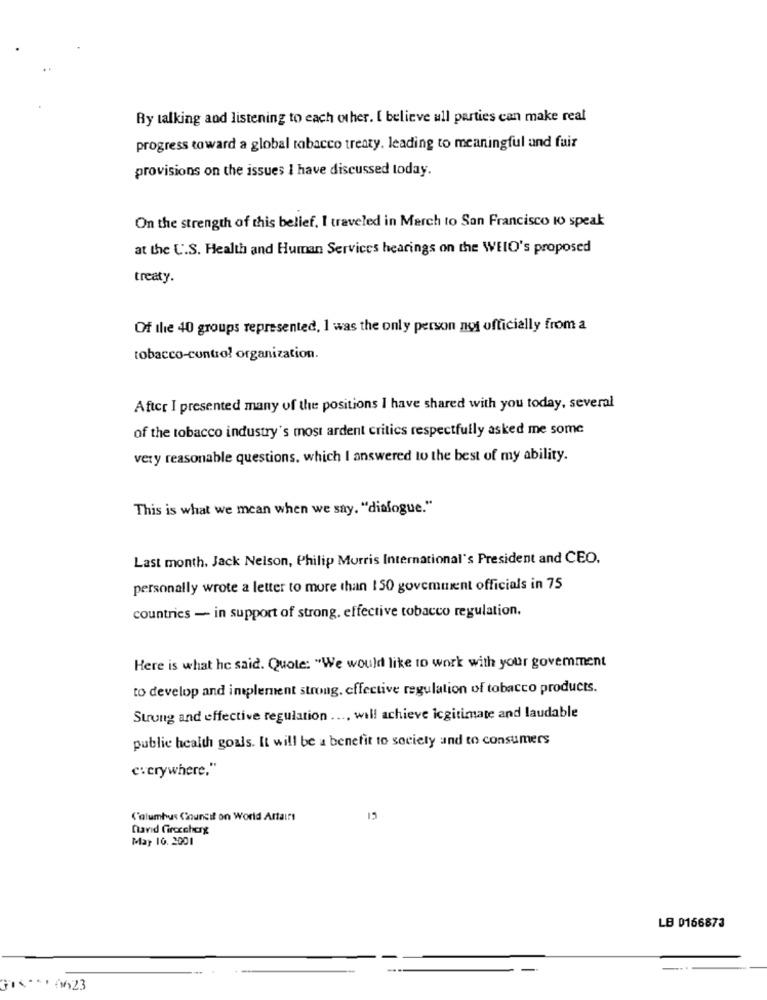
Ry talking and listening to each other. I believe all parties can make real
progress toward a global tobacco treaty. leading to meaningful and fuir
provisions on the issues I have discussed today.
On the strength of this belief, I traveled in March to San Francisco to speak
at the U.S. Health and Human Services hearings on the WEIO's proposed
treaty.
Of the 40 groups represented, I was the only person not officially from a
tobacco-control organization.
After I presented many of the positions I have shared with you today, several
of the tobacco industry's most ardent critics respectfully asked me some
very reasonable questions, which I answered to the best of my ability.
This is what we mean when we say. "dialogue."
Last month. Jack Nelson, Philip Morris International's President and CEO.
personally wrote a letter to more than 150 govemment officials in 75
countries - in support of strong, effective tobacco regulation.
Here is what he said. Quote: "We would like to work with your govemment
to develop and implement strong, effective regulation of tobacco products.
Strong and effective regulation .... will achieve icgitimate and laudable
public health goals. It will be a benefit to society and to consumers
c:crywhere,"
Columbus Council on World Artairs
15
David Gireceherg
May 10. 2001
LB 0166873